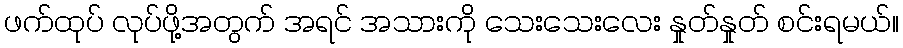
ဖက်ထုပ် လုပ်ဖို့အတွက် အရင် အသားကို သေးသေးလေး နှုတ်နှုတ် စင်းရမယ်။